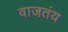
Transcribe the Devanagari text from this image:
वाजतंय